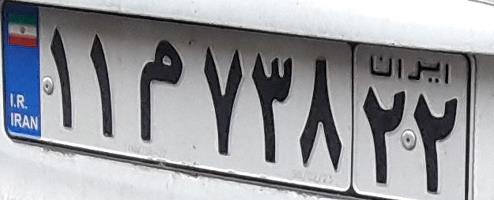
۱۱م۷۳۸۲۲